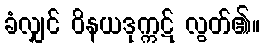
ခံလျှင် ဝိနယဒုက္ကဋ် လွတ်၏။